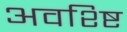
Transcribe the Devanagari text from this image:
अवश्ष्टि